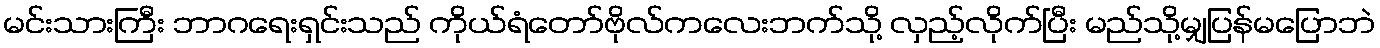
မင်းသားကြီး ဘာဂရေးရှင်းသည် ကိုယ်ရံတော်ဗိုလ်ကလေးဘက်သို့ လှည့်လိုက်ပြီး မည်သို့မျှပြန်မပြောဘဲ